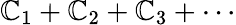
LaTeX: \mathbb{C}_{1}+\mathbb{C}_{2}+\mathbb{C}_{3}+\cdots